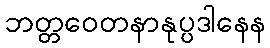
ဘတ္တဝေတနာနုပ္ပဒါနေန